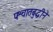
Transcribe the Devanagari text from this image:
पश्चातबुद्धीने